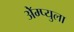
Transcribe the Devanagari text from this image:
ॲेम्प्युला